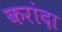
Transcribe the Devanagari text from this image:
करांदा